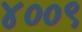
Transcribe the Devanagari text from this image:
४००९